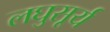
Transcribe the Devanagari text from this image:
लघुसूर्य